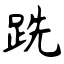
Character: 跣